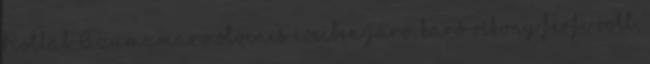
Rotlab Azumamaro ötvenes éveiben járó, karó vékony férfi volt,